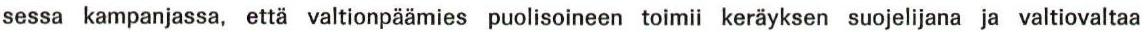
sessa kampanjassa, että valtionpäämies puolisoineen toimii keräyksen suojelijana ja valtiovaltaa